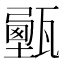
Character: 𤮔